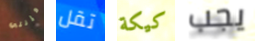
فإنني تقل كيكة يجب